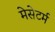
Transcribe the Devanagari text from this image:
मेसेटर्म